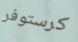
كرستوفر